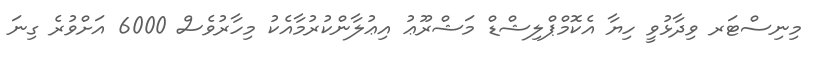
މިނިސްޓަރ ވިދާޅުވީ ހިޔާ އެކޮމްޕްލިޝްޑް މަޝްރޫޢު އިޢުލާންކުރުމާއެކު މިހާރުވެސް 6000 އަށްވުރެ ގިނަ